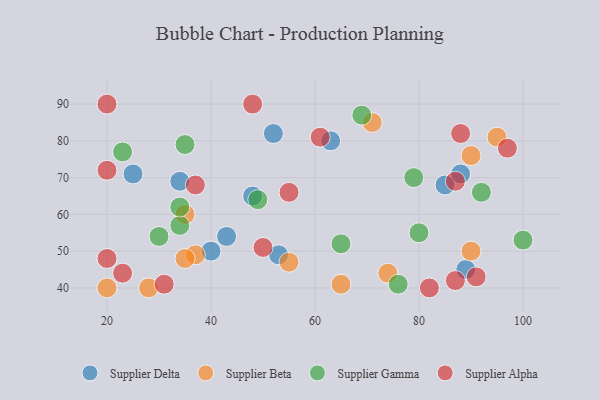
{"axis": {"x": "GDP", "y": "Life Expectancy"}, "legend": ["Supplier Alpha", "Supplier Beta", "Supplier Delta", "Supplier Gamma"], "data": [{"x": "89", "y": 45, "type": "Supplier Delta"}, {"x": "34", "y": 69, "type": "Supplier Delta"}, {"x": "53", "y": 49, "type": "Supplier Delta"}, {"x": "52", "y": 82, "type": "Supplier Delta"}, {"x": "25", "y": 71, "type": "Supplier Delta"}, {"x": "48", "y": 65, "type": "Supplier Delta"}, {"x": "43", "y": 54, "type": "Supplier Delta"}, {"x": "40", "y": 50, "type": "Supplier Delta"}, {"x": "88", "y": 71, "type": "Supplier Delta"}, {"x": "85", "y": 68, "type": "Supplier Delta"}, {"x": "63", "y": 80, "type": "Supplier Delta"}, {"x": "55", "y": 47, "type": "Supplier Beta"}, {"x": "37", "y": 49, "type": "Supplier Beta"}, {"x": "95", "y": 81, "type": "Supplier Beta"}, {"x": "74", "y": 44, "type": "Supplier Beta"}, {"x": "65", "y": 41, "type": "Supplier Beta"}, {"x": "71", "y": 85, "type": "Supplier Beta"}, {"x": "35", "y": 48, "type": "Supplier Beta"}, {"x": "28", "y": 40, "type": "Supplier Beta"}, {"x": "90", "y": 50, "type": "Supplier Beta"}, {"x": "35", "y": 60, "type": "Supplier Beta"}, {"x": "90", "y": 76, "type": "Supplier Beta"}, {"x": "20", "y": 40, "type": "Supplier Beta"}, {"x": "79", "y": 70, "type": "Supplier Gamma"}, {"x": "34", "y": 57, "type": "Supplier Gamma"}, {"x": "69", "y": 87, "type": "Supplier Gamma"}, {"x": "30", "y": 54, "type": "Supplier Gamma"}, {"x": "80", "y": 55, "type": "Supplier Gamma"}, {"x": "23", "y": 77, "type": "Supplier Gamma"}, {"x": "34", "y": 62, "type": "Supplier Gamma"}, {"x": "100", "y": 53, "type": "Supplier Gamma"}, {"x": "92", "y": 66, "type": "Supplier Gamma"}, {"x": "65", "y": 52, "type": "Supplier Gamma"}, {"x": "76", "y": 41, "type": "Supplier Gamma"}, {"x": "49", "y": 64, "type": "Supplier Gamma"}, {"x": "35", "y": 79, "type": "Supplier Gamma"}, {"x": "61", "y": 81, "type": "Supplier Alpha"}, {"x": "20", "y": 90, "type": "Supplier Alpha"}, {"x": "20", "y": 72, "type": "Supplier Alpha"}, {"x": "91", "y": 43, "type": "Supplier Alpha"}, {"x": "97", "y": 78, "type": "Supplier Alpha"}, {"x": "82", "y": 40, "type": "Supplier Alpha"}, {"x": "55", "y": 66, "type": "Supplier Alpha"}, {"x": "87", "y": 42, "type": "Supplier Alpha"}, {"x": "37", "y": 68, "type": "Supplier Alpha"}, {"x": "20", "y": 48, "type": "Supplier Alpha"}, {"x": "31", "y": 41, "type": "Supplier Alpha"}, {"x": "88", "y": 82, "type": "Supplier Alpha"}, {"x": "50", "y": 51, "type": "Supplier Alpha"}, {"x": "87", "y": 69, "type": "Supplier Alpha"}, {"x": "23", "y": 44, "type": "Supplier Alpha"}, {"x": "48", "y": 90, "type": "Supplier Alpha"}]}